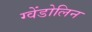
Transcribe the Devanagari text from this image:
ग्वेंडोलिन